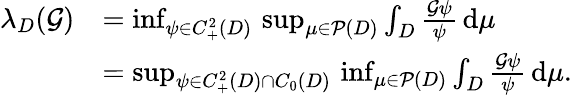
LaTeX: \begin{array}{rl}{\lambda_{D}({\mathcal{G}})}&{=\operatorname*{inf}_{\psi\in C_{+}^{2}(D)}\, \operatorname*{sup}_{\mu\in{\mathcal{P}}(D)}\int_{D}\frac{{\mathcal{G}}\psi}{\psi}\, \mathrm{d}\mu}\\ &{=\operatorname*{sup}_{\psi\in C_{+}^{2}(D)\cap C_{0}(D)}\, \operatorname*{inf}_{\mu\in{\mathcal{P}}(D)}\int_{D}\frac{{\mathcal{G}}\psi}{\psi}\, \mathrm{d}\mu.}\end{array}